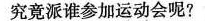
究竟派谁参加运动会呢?